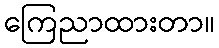
ကြေညာထားတာ။